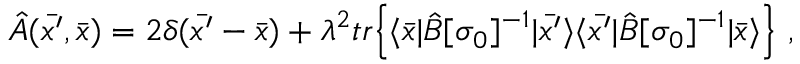
{ \hat { A } } ( \bar { x ^ { \prime } } , { \bar { x } } ) = 2 \delta ( \bar { x ^ { \prime } } - { \bar { x } } ) + \lambda ^ { 2 } t r { \Big \{ } \langle \bar { x } | { \hat { B } } [ \sigma _ { 0 } ] ^ { - 1 } | \bar { x ^ { \prime } } \rangle \langle \bar { x ^ { \prime } } | { \hat { B } } [ \sigma _ { 0 } ] ^ { - 1 } | \bar { x } \rangle { \Big \} } \ ,